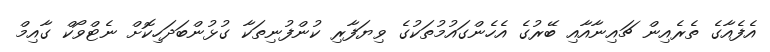
އެފެއާގެ ތެރެއިން ޗައިނާއާއި ބޭރުގެ އެހެންގައުމުތަކުގެ ވިޔަފާރި ކުންފުނިތަކާ ގުޅުންބަދަހިކޮށް ނެޓްވޯކް ގާއިމް